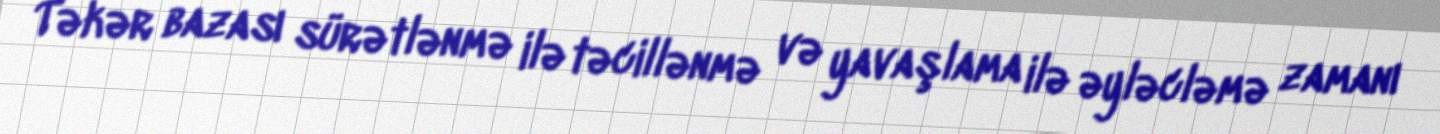
Təkər bazası sürətlənmə ilə təcillənmə və yavaşlama ilə əyləcləmə zamanı